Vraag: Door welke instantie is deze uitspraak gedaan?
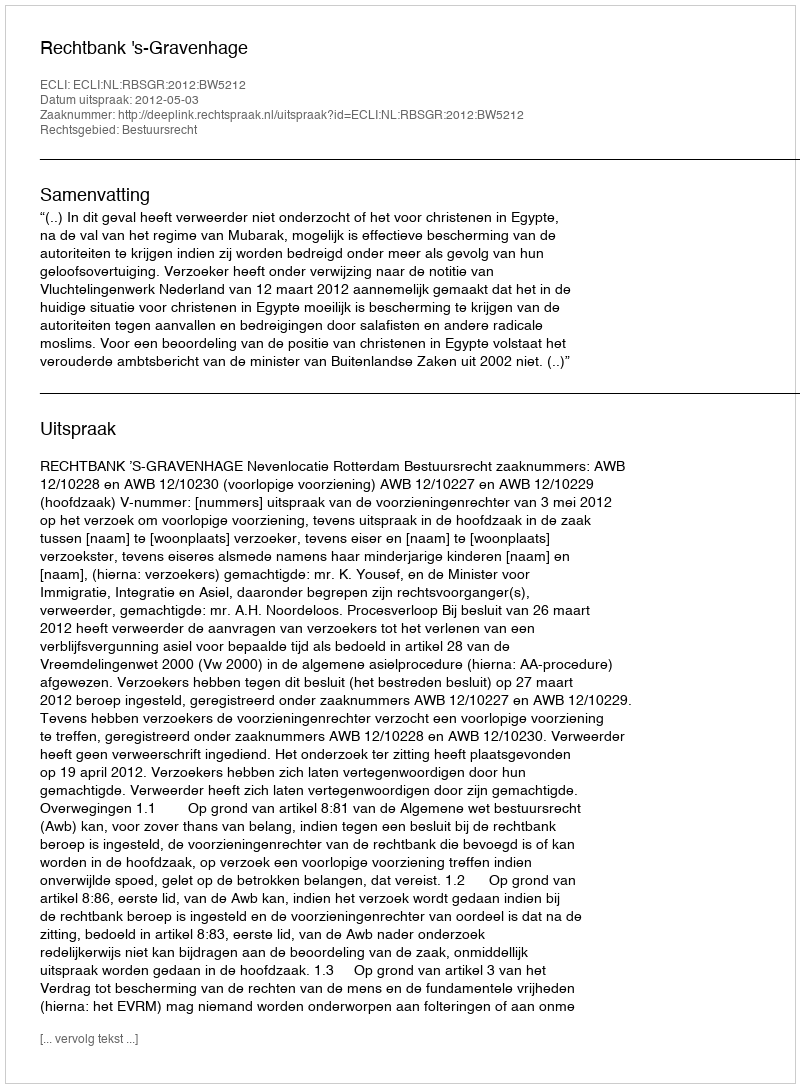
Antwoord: Rechtbank 's-Gravenhage